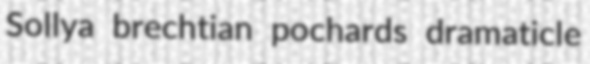
Sollya brechtian pochards dramaticle